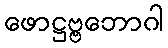
ဖောဋ္ဌဗ္ဗဘောဂါ